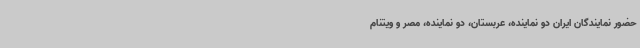
حضور نمایندگان ایران دو نماینده، عربستان، دو نماینده، مصر و ویتنام